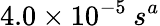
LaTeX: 4.0\times 10^{-5}\: s^{a}